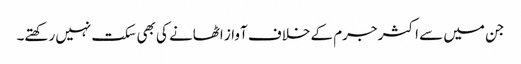
جن میں سے اکثر جرم کے خلاف آواز اٹھانے کی بھی سکت نہیں رکھتے۔